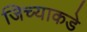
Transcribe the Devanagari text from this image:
जिच्याकडे